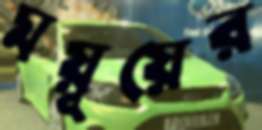
ময়ূয়ের